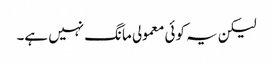
لیکن یہ کوئی معمولی مانگ نہیں ہے۔